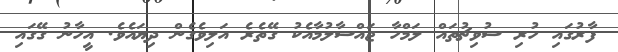
ފާރުގައި ހުރި ސުވިޗުތައް ލަމްހާ ޖައްސާލުމާއެކު ގޭތެރެ އަލިވެގެން ދިޔައެވެ. އީހާނު ގޭގައި